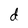
Character: d